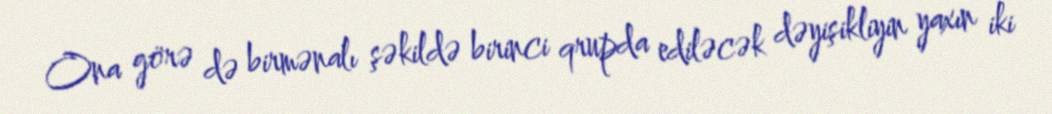
Ona görə də birmənalı şəkildə birinci qrupda ediləcək dəyişikliyin yaxın iki